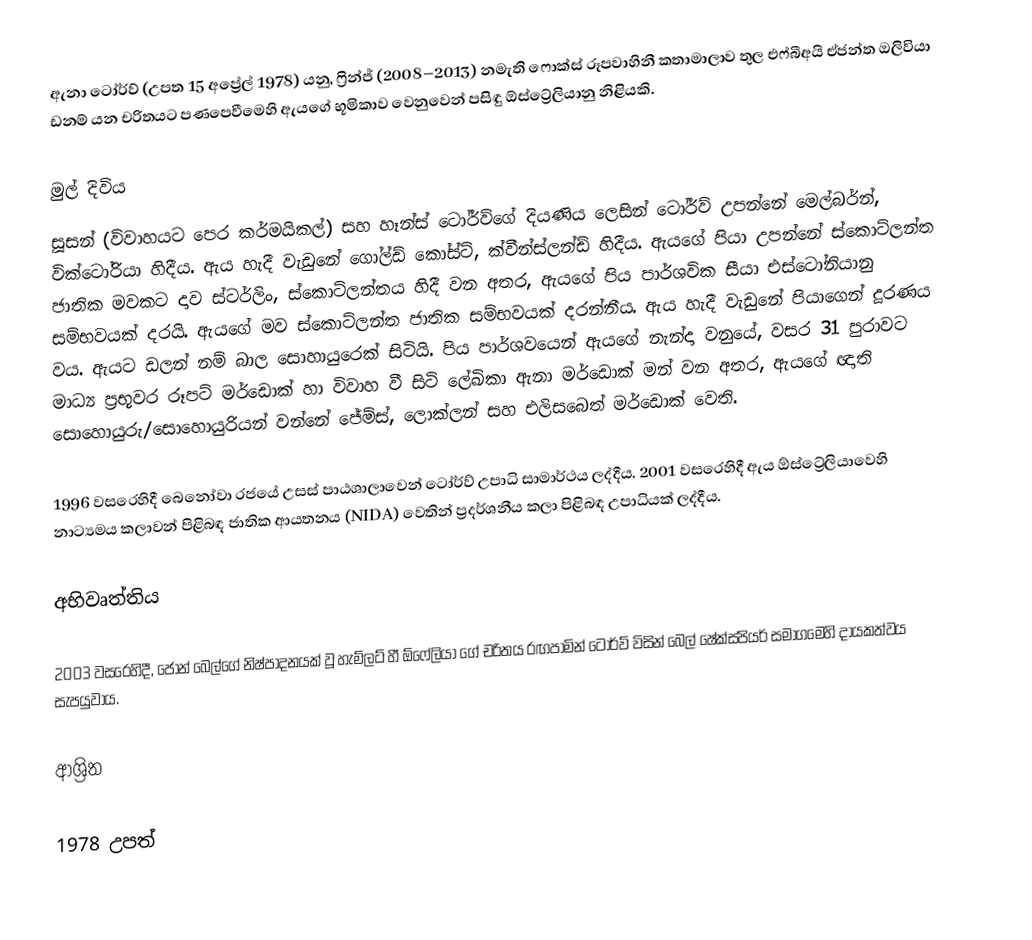
ඇනා ටෝර්ව් (උපත 15 අප්‍රේල් 1978) යනු, ෆ්‍රින්ජ් (2008–2013) නමැති ෆොක්ස් රූපවාහිනී කතාමාලාව තුල එෆ්බීඅයි ඒජන්ත ඔලිවියා ඩනම් යන චරිතයට පණපෙවීමෙහි ඇයගේ භූමිකාව වෙනුවෙන් පසිඳු ඕස්ට්‍රේලියානු නිළියකි.

මුල් දිවිය
සූසන් (විවාහයට පෙර කර්මයිකල්) සහ හෑන්ස් ටෝර්ව්ගේ දියණිය ලෙසින් ටෝර්ව් උපන්නේ මෙල්බර්න්, වික්ටෝරියා හිදීය. ඇය හැදී වැඩුනේ ගෝල්ඩ් කෝස්ට්, ක්වීන්ස්ලන්ඩ් හිදීය. ඇයගේ පියා උපන්නේ ස්කොට්ලන්ත ජාතික මවකට දාව ස්ටර්ලිං, ස්කොට්ලන්තය හිදී වන අතර, ඇයගේ පිය පාර්ශවික සීයා එස්ටෝනියානු සම්භවයක් දරයි. ඇයගේ මව ස්කොට්ලන්ත ජාතික සම්භවයක් දරන්නීය. ඇය හැදී වැඩුනේ පියාගෙන් දූරණය වය. ඇයට ඩලන් නම් බාල සොහායුරෙක් සිටියි. පිය පාර්ශවයෙන් ඇයගේ නැන්දා වනුයේ, වසර  31 පුරාවට මාධ්‍ය ප‍්‍රභූවර රූපට් මර්ඩොක් හා විවාහ වී සිටි ලේඛිකා ඇනා මර්ඩොක් මන් වන අතර, ඇයගේ ඥාති සොහොයුරු/සොහොයුරියන් වන්නේ ජේම්ස්, ලොක්ලන් සහ එලිසබෙත් මර්ඩොක් වෙති.

1996 වසරෙහිදී බෙනෝවා රජයේ උසස් පාඨශාලාවෙන් ටෝර්ව් උපාධි සාමාර්ථය ලද්දීය. 2001 වසරෙහිදී ඇය ඕස්ට්‍රේලියාවෙහි නාට්‍යමය කලාවන් පිළිබඳ ජාතික ආයතනය (NIDA) වෙතින් ප්‍රදර්ශනීය කලා පිළිබඳ උපාධියක් ලද්දීය.

අභිවෘත්තිය

2003 වසරෙහිදී, ජෝන් බෙල්ගේ නිෂ්පාදනයක් වූ හැම්ලට් හී ඕෆේලියා ගේ චරිතය රඟපාමින් ටෝර්ව් විසින් බෙල් ෂේක්ස්පියර් සමාගමෙහි දායකත්වය සැපයුවාය.

ආශ්‍රිත

1978 උපත්